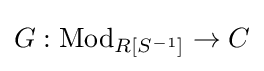
G:{\text{Mod}}_{R[S^{-1}]}\to C